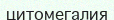
цитомегалия